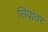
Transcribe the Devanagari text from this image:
सियांतर